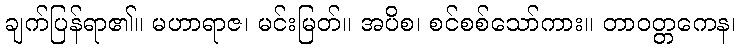
ချက်ပြန်ရာ၏။ မဟာရာဇ၊ မင်းမြတ်။ အပိစ၊ စင်စစ်သော်ကား။ တာဝတ္တကေန၊